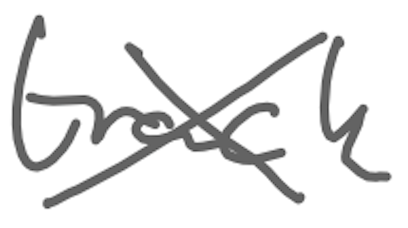
Text: track
Cross-out: cross
Writing tool: digital_gray